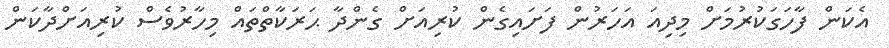
އެކަން ފާހަގަކުރުމަށް މިދިއަ އަހަރުން ފަށައިގެން ކުރިއަށް ގެންދާ ޙަރަކާތްތައް މިހާރުވެސް ކުރިއަށްދާކަން